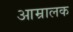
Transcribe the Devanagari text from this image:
आम्रालक